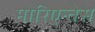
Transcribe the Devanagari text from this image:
मोरिएन्तेस